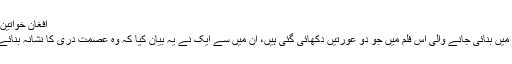
افغان خواتين عورتوں پر زيادتيوں کے خلاف مظاہرہ کر رہی ہيں
يورپی يونين کی افغان خواتين پر زيادتيوں کے بارے ميں بنائی جانے والی اس فلم ميں جو دو عورتيں دکھائی گئی ہيں، ان ميں سے ايک نے يہ بيان کيا کہ وہ عصمت دری کا نشانہ بنائے جانے کے بعد 12 سال قيد کی سزا بھگت رہی ہے۔